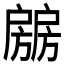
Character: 𰒶